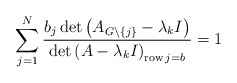
\begin{align*}\sum_{j=1}^{N}\frac{b_{j}\det\left( A_{G\backslash\left\{ j\right\}}-\lambda_{k}I\right) }{\det\left( A-\lambda_{k}I\right)_{\operatorname{row}j=b}}=1 \end{align*}